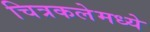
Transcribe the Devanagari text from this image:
चित्रकलेमध्ये